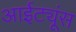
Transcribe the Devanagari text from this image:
आईट्यूंस